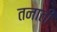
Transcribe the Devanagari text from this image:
तनाती